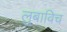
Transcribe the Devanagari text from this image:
लुबाविच